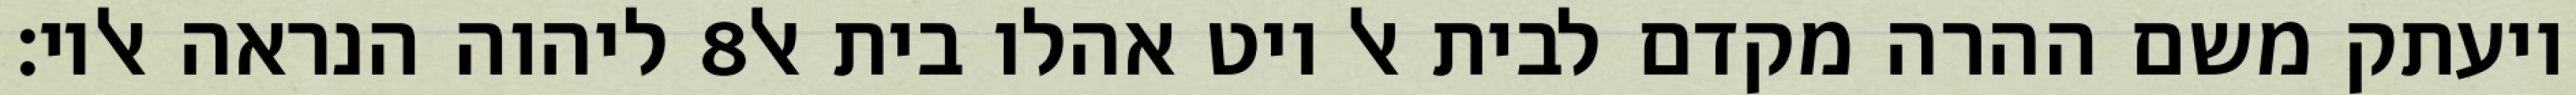
ליהוה הנראה אליו׃ ‎8‏ ויעתק משם ההרה מקדם לבית אל ויט אהלו בית אל